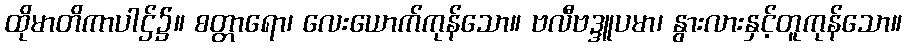
ထိုမာတိကာပါဌ်၌။ စတ္တာရော၊ လေးယောက်ကုန်သော။ ဗလီဗဒ္ဒူပမာ၊ နွားလားနှင့်တူကုန်သော။